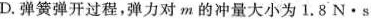
D.弹簧弹开过程，弹力对m的冲量大小为18N\cdot s